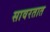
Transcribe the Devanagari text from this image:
सावरतात